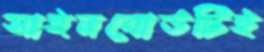
সাইনবোর্ডটিই